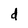
Character: d